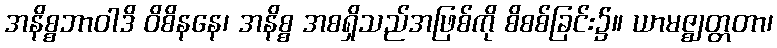
အနိစ္စဘာဝါဒိ ဝိစိနနေ၊ အနိစ္စ အစရှိသည်အဖြစ်ကို စိစစ်ခြင်း၌။ ယာမဇ္ဈတ္တတာ၊